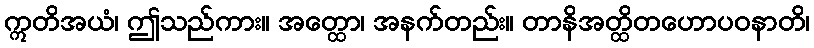
ဣတိအယံ၊ ဤသည်ကား။ အတ္ထော၊ အနက်တည်း။ တာနိအတ္ထိတဟောပဝနာတိ၊